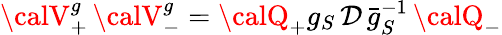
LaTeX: {\calV}_{+}^{g}\, {\calV}_{-}^{g}={\calQ}_{+}g_{S}\, {\cal\mathcal{D}}\, \bar{{g}}_{S}^{-1}\, {\calQ}_{-}